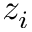
z _ { i }